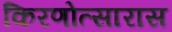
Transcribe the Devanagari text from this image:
किरणोत्सारास